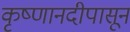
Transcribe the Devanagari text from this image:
कृष्णानदीपासून